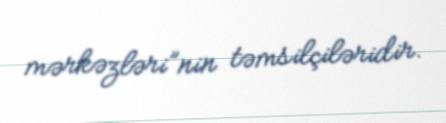
mərkəzləri”nin təmsilçiləridir.